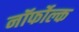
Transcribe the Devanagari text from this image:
नॉर्फोल्क